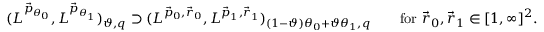
\begin{array} { r } { ( L ^ { \vec { p } _ { \theta _ { 0 } } } , L ^ { \vec { p } _ { \theta _ { 1 } } } ) _ { \vartheta , q } \supset ( L ^ { \vec { p } _ { 0 } , \vec { r } _ { 0 } } , L ^ { \vec { p } _ { 1 } , \vec { r } _ { 1 } } ) _ { ( 1 - \vartheta ) \theta _ { 0 } + \vartheta \theta _ { 1 } , q } \qquad \mathrm { f o r ~ } \vec { r } _ { 0 } , \vec { r } _ { 1 } \in [ 1 , \infty ] ^ { 2 } . } \end{array}